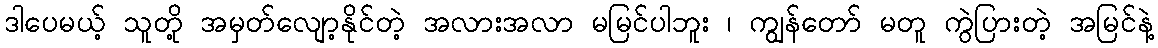
ဒါပေမယ့် သူတို့ အမှတ်လျော့နိုင်တဲ့ အလားအလာ မမြင်ပါဘူး ၊ ကျွန်တော် မတူ ကွဲပြားတဲ့ အမြင်နဲ့